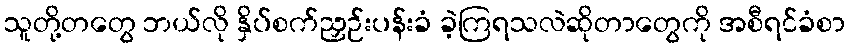
သူတို့တတွေ ဘယ်လို နှိပ်စက်ညှဉ်းပန်းခံ ခဲ့ကြရသလဲဆိုတာတွေကို အစီရင်ခံစာ